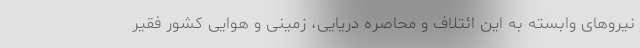
نیروهای وابسته به این ائتلاف و محاصره دریایی، زمینی و هوایی کشور فقیر